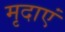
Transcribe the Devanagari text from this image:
मृदाएं